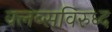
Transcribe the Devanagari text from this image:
क्लब्सविरुध्द